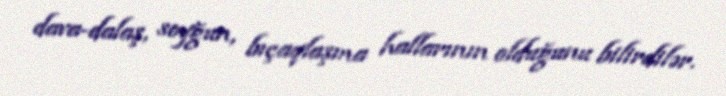
dava-dalaş, soyğun, bıçaqlaşma hallarının olduğunu bilirdilər.